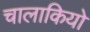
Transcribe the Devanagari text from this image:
चालाकियो